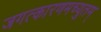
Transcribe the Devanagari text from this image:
जगत्कारणमच्युतम्